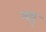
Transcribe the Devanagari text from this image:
मठ्ठ्